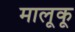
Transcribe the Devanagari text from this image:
मालूकू